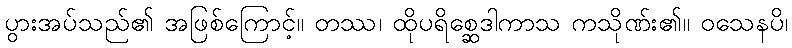
ပွားအပ်သည်၏ အဖြစ်ကြောင့်။ တဿ၊ ထိုပရိစ္ဆေဒါကာသ ကသိုဏ်း၏။ ဝသေနပိ၊